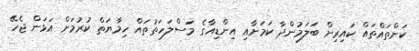
ކަންތައްތައް ކައިރިން ބަލަމުންދާ ކަމަށާއި އިންޑިއާގެ މަސްލަހަތުތައް ހިމާޔަތް ކުރުމަށް އަޅަން ޖެހޭ